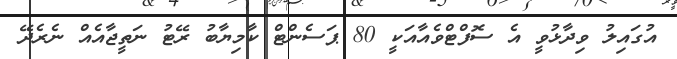
އުގައިލު ވިދާޅުވީ އެ ސޮފްޓްވެއާއަކީ 80 ޕަސެންޓް ކާމިޔާބު ރޭޓު ނަތީޖާއެއް ނެރެދޭ